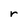
Character: r